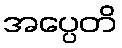
အပ္ပေတိ